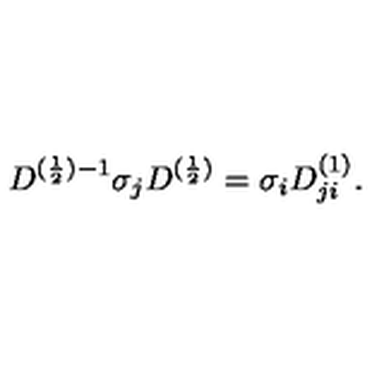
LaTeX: D ^ { ( \frac { 1 } { 2 } ) - 1 } { \sigma } _ { j } D ^ { ( \frac { 1 } { 2 } ) } = { \sigma } _ { i } D _ { j i } ^ { ( 1 ) } .